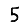
Digit: 5